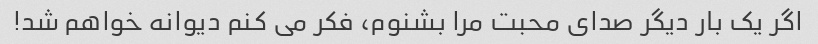
اگر یک بار دیگر صدای محبت مرا بشنوم، فکر می کنم دیوانه خواهم شد!